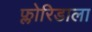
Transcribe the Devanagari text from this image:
फ्लोरिडाला